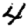
Digit: 4